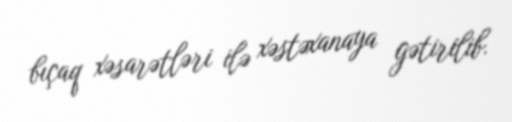
bıçaq xəsarətləri ilə xəstəxanaya gətirilib.